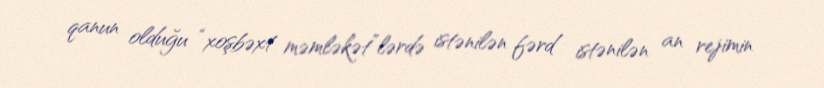
qanun olduğu “xoşbəxt məmləkət”lərdə istənilən fərd istənilən an rejimin